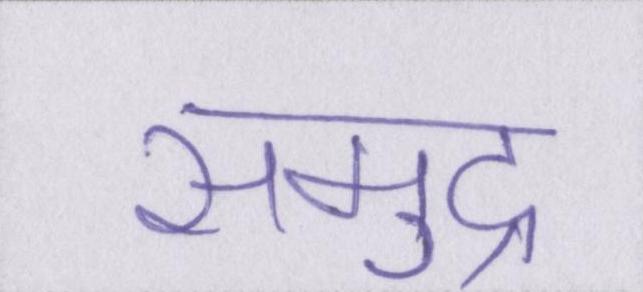
समुद्र